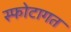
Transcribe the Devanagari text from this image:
स्फोटागत